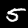
Digit: 5